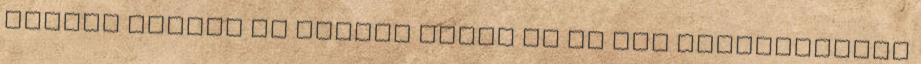
nagyon nagyon jo helyre akadt be ha igy osszerogyott